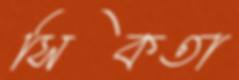
সিকতা